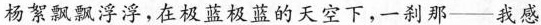
杨絮飘飘浮浮，在极蓝极蓝的天空下，一刹那——我感